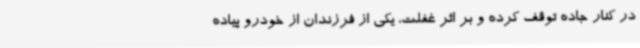
در کنار جاده توقف کرده و بر اثر غفلت، یکی از فرزندان از خودرو پیاده